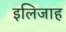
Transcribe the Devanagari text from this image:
इलिजाह